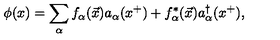
\phi ( x ) = \sum _ { \alpha } f _ { \alpha } ( \vec { x } ) a _ { \alpha } ( x ^ { + } ) + f _ { \alpha } ^ { * } ( \vec { x } ) a _ { \alpha } ^ { \dagger } ( x ^ { + } ) ,